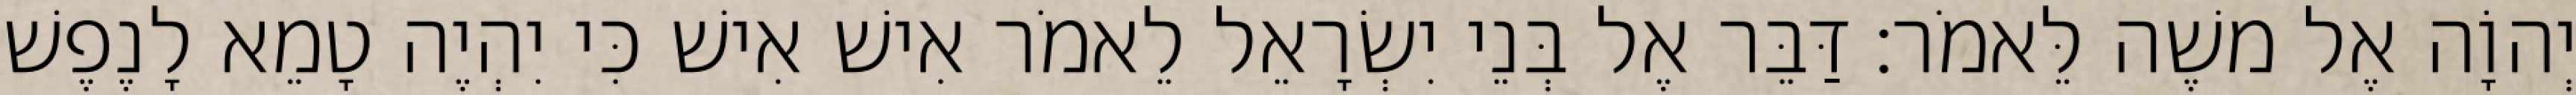
יְהוָֹה אֶל משֶׁה לֵּאמֹר׃ דַּבֵּר אֶל בְּנֵי יִשְׂרָאֵל לֵאמֹר אִישׁ אִישׁ כִּי יִהְיֶה טָמֵא לָנֶפֶשׁ